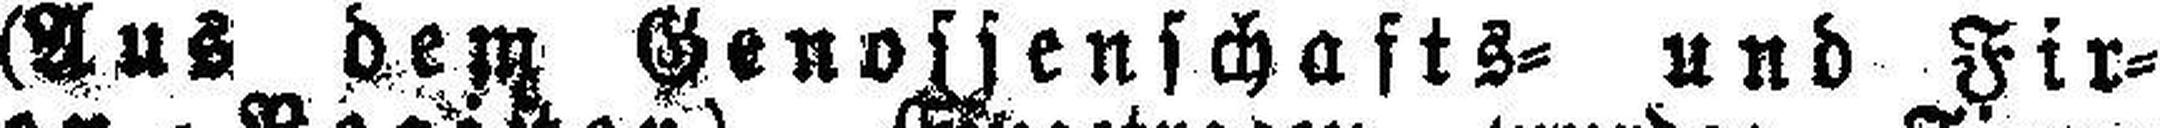
(Aus dem Genossenschafts= und Fir¬